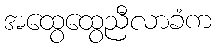
အထွေထွေညီလာခံက